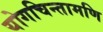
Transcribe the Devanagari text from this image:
योगचिन्तामणि